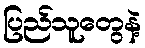
ပြည်သူတွေနဲ့